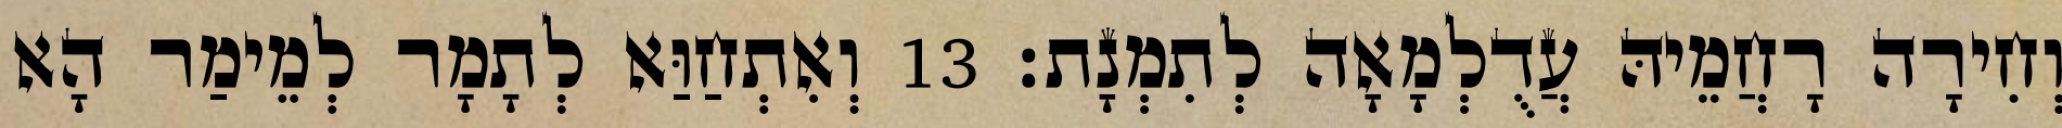
וְחִירָה רָחֲמֵיהּ עֲדֻלְמָאָה לְתִמְנָת׃ 13 וְאִתְחַוַּא לְתָמָר לְמֵימַר הָא